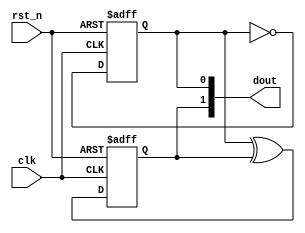
// Copyright (C) 2020  Intel Corporation. All rights reserved.
// Your use of Intel Corporation's design tools, logic functions 
// and other software and tools, and any partner logic 
// functions, and any output files from any of the foregoing 
// (including device programming or simulation files), and any 
// associated documentation or information are expressly subject 
// to the terms and conditions of the Intel Program License 
// Subscription Agreement, the Intel Quartus Prime License Agreement,
// the Intel FPGA IP License Agreement, or other applicable license
// agreement, including, without limitation, that your use is for
// the sole purpose of programming logic devices manufactured by
// Intel and sold by Intel or its authorized distributors.  Please
// refer to the applicable agreement for further details, at
// https://fpgasoftware.intel.com/eula.

// PROGRAM		"Quartus Prime"
// VERSION		"Version 20.1.1 Build 720 11/11/2020 SJ Lite Edition"
// CREATED		"Tue Nov 09 20:40:11 2021"

module counter4(
	clk,
	rst_n,
	dout
);


input wire	clk;
input wire	rst_n;
output wire	[1:0] dout;

reg	[1:0] result;
wire	SYNTHESIZED_WIRE_0;
wire	SYNTHESIZED_WIRE_1;





always@(posedge clk or negedge rst_n)
begin
if (!rst_n)
	begin
	result[0] <= 0;
	end
else
	begin
	result[0] <= SYNTHESIZED_WIRE_0;
	end
end


always@(posedge clk or negedge rst_n)
begin
if (!rst_n)
	begin
	result[1] <= 0;
	end
else
	begin
	result[1] <= SYNTHESIZED_WIRE_1;
	end
end

assign	SYNTHESIZED_WIRE_0 =  ~result[0];

assign	SYNTHESIZED_WIRE_1 = result[0] ^ result[1];

assign	dout = result;

endmodule